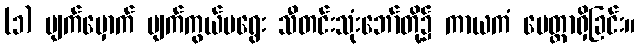
(၁) မျက်မှောက် မျက်ကွယ်မရွေး သီတင်းသုံးဘော်တို့၌ ကာယကံ မေတ္တာရှိခြင်း။